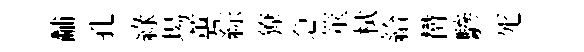
黼孔綠場蕙綜獠急筮栻給欝驂死